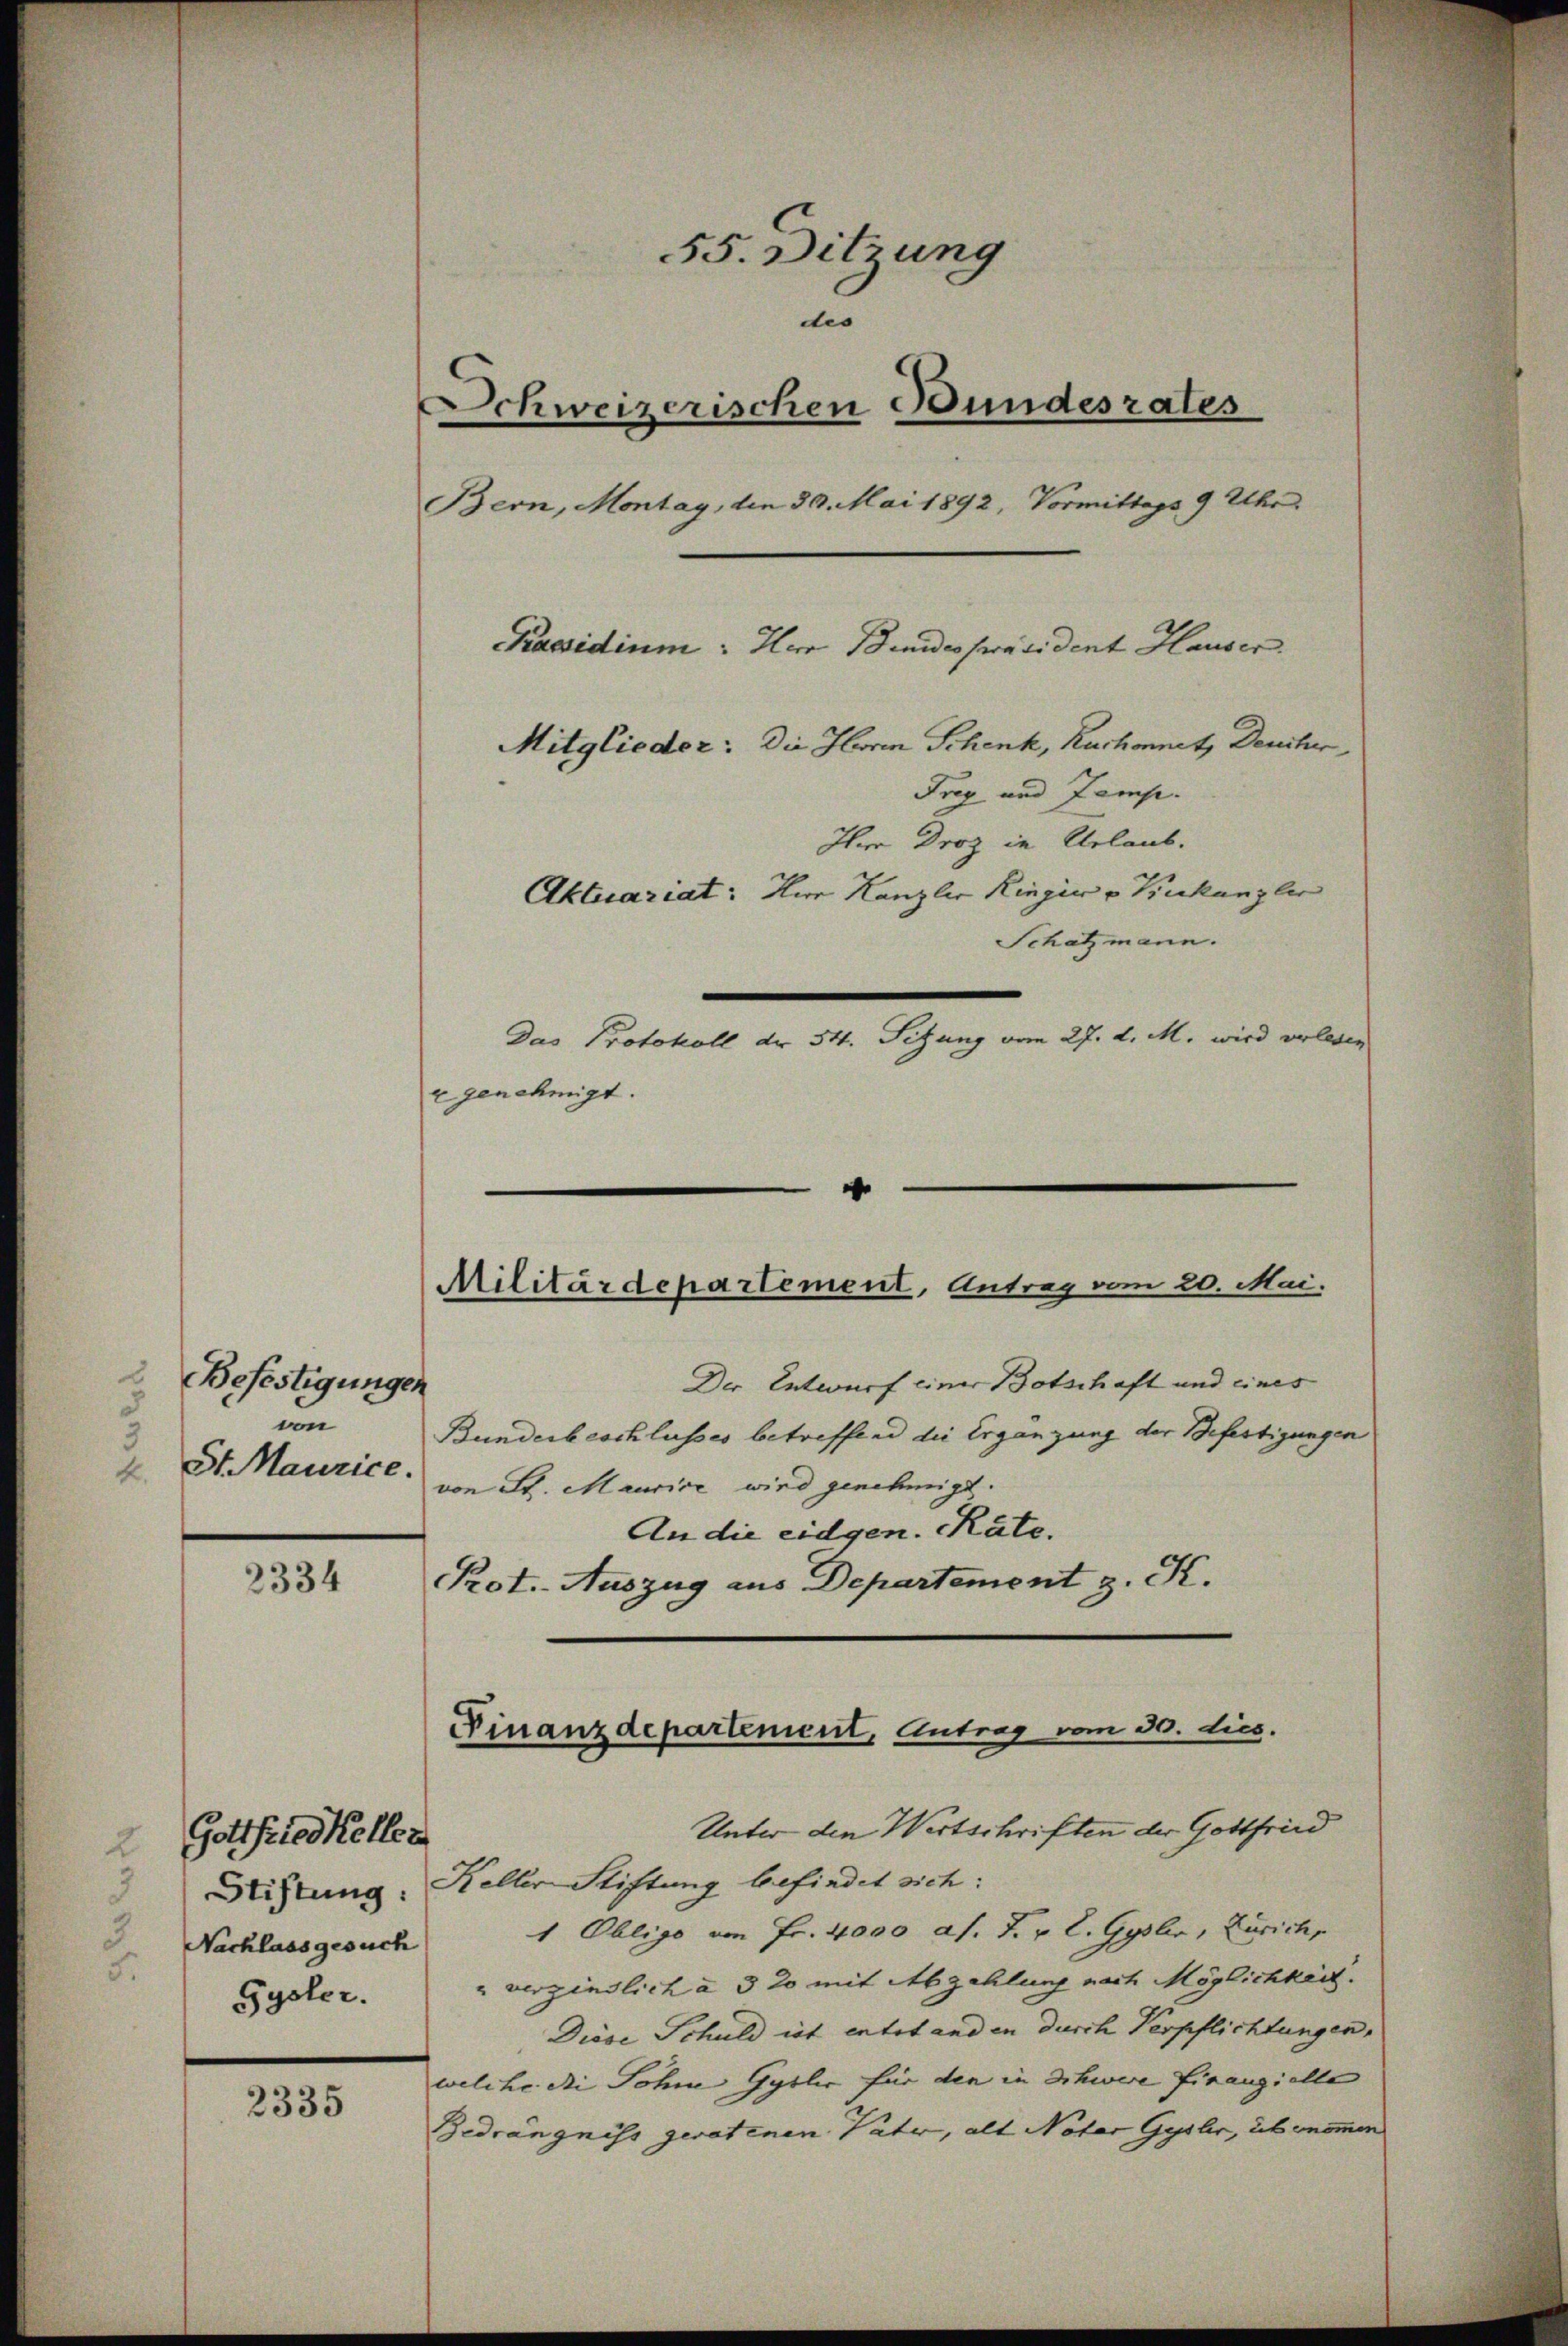
Befestigungen
von
St. Maurice.
4.

2334

Gottfriedkellen
Nachlassgesuch
Gysler.

2335

55. Ditzung
des
Schweizerischen Bundesrates
Bern, Montag, den 30. Mai 1892, Vormittags 9 Uhr
Praesidium: Herr Bundespräsident Hauser
Mitglieder: Die Herin Schenk, Ruchonnet, Denitur,
Aktuariat: Hur Kanzler Ringic v Kukanzler

Frey und Zemp.
Hr Droz in Urlaub.
Schatzmann.
Das Protokoll dr 54. Sitzung vom 27. d. M. wird verlesen
egenehmigt.

Der Entwurf einer Botschaft und eines
Bunderbeschlusses betreffend die Ergänzung der Befestigungen
von St. Maurice wird genehmigt.
An die eidgen. Räte.
Prot. Auszug aus Departement z. K.

d
Militärdepartement, Antrag vom 20. Mai.

Unter den Wertschriften der Gottfried
Stiftung. Heller Stiftung befindet sich:
1 Obligo von Fr. 4000 as. F. v. L. Gyslin, Zürich,
" verzinslich à 3 20 mit Abzahlung nach Möglichkeit.
Diöse Schuld ist entstanden durch Verpflichtungen,
welche die Sohne Gybler für den in Schwere Finanzielle
Bedrängniss geratenen Vater, als Notar Gysler, übernommen

Finanzdepartement, Antrag vom 30. dies.